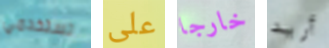
تستخدمي على خارجا أريد